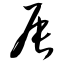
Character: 辰